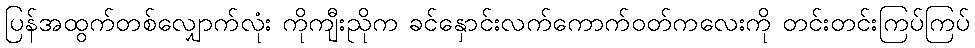
ပြန်အထွက်တစ်လျှောက်လုံး ကိုကျီးညိုက ခင်နှောင်းလက်ကောက်ဝတ်ကလေးကို တင်းတင်းကြပ်ကြပ်